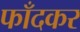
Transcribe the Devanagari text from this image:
फाँदकर